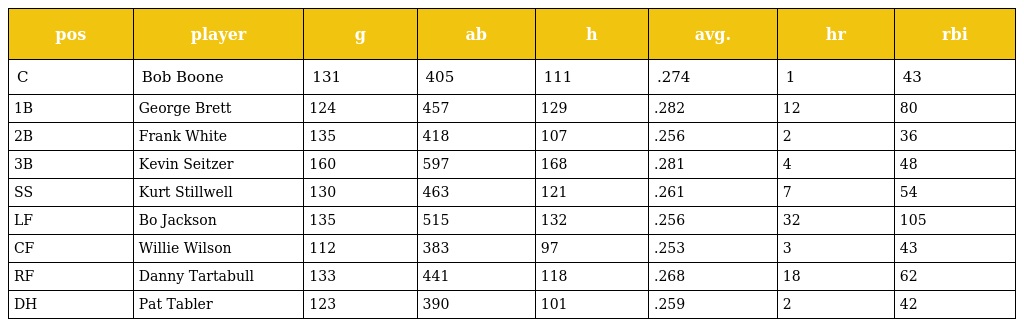
| pos | player | g | ab | h | avg. | hr | rbi |
 | --- | --- | --- | --- | --- | --- | --- | --- |
 | C | Bob Boone | 131 | 405 | 111 | .274 | 1 | 43 |
 | 1B | George Brett | 124 | 457 | 129 | .282 | 12 | 80 |
 | 2B | Frank White | 135 | 418 | 107 | .256 | 2 | 36 |
 | 3B | Kevin Seitzer | 160 | 597 | 168 | .281 | 4 | 48 |
 | SS | Kurt Stillwell | 130 | 463 | 121 | .261 | 7 | 54 |
 | LF | Bo Jackson | 135 | 515 | 132 | .256 | 32 | 105 |
 | CF | Willie Wilson | 112 | 383 | 97 | .253 | 3 | 43 |
 | RF | Danny Tartabull | 133 | 441 | 118 | .268 | 18 | 62 |
 | DH | Pat Tabler | 123 | 390 | 101 | .259 | 2 | 42 |